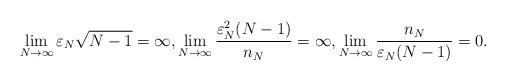
LaTeX: \begin{align*}\lim_{N \to \infty} \varepsilon_N \sqrt{N-1}=\infty, \lim_{N \to \infty} \frac{\varepsilon_N^2(N-1)}{n_N}=\infty,\lim_{N \to \infty} \frac{n_N}{\varepsilon_N(N-1)}=0.\end{align*}